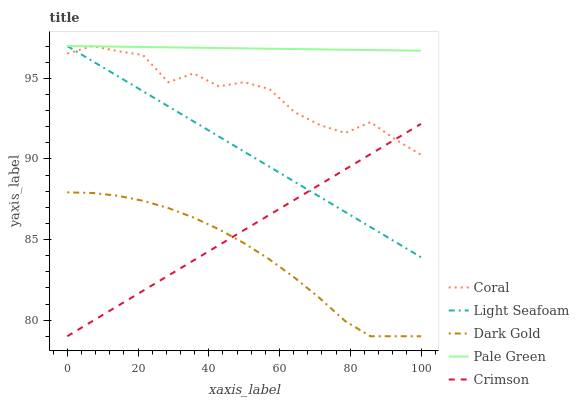
| xaxis_label | Coral | Light Seafoam | Dark Gold | Pale Green | Crimson |
 | --- | --- | --- | --- | --- | --- |
 | 0 | 96.5 | 97 | 87.9 | 97 | 79 |
 | 7.14 | 97 | 96.1 | 87.9 | 97 | 79.9 |
 | 14.3 | 96.7 | 95.1 | 87.7 | 97 | 80.9 |
 | 21.4 | 96.4 | 94.2 | 87.4 | 96.9 | 81.8 |
 | 28.6 | 94.8 | 93.3 | 86.9 | 96.9 | 82.8 |
 | 35.7 | 95.3 | 92.3 | 86.4 | 96.9 | 83.7 |
 | 42.9 | 94.5 | 91.4 | 85.6 | 96.9 | 84.6 |
 | 50 | 94.8 | 90.5 | 84.8 | 96.9 | 85.6 |
 | 57.1 | 94.3 | 89.5 | 83.8 | 96.8 | 86.5 |
 | 64.3 | 92.9 | 88.6 | 82.6 | 96.8 | 87.5 |
 | 71.4 | 92.1 | 87.6 | 81.4 | 96.8 | 88.4 |
 | 78.6 | 91.6 | 86.7 | 79.9 | 96.8 | 89.3 |
 | 85.7 | 92.3 | 85.8 | 79 | 96.8 | 90.3 |
 | 92.9 | 91.2 | 84.8 | 79 | 96.7 | 91.2 |
 | 100 | 90.3 | 83.9 | 79 | 96.7 | 92.2 |